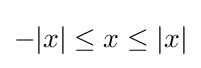
-|x|\leq x\leq |x|